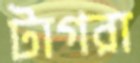
টাগরা